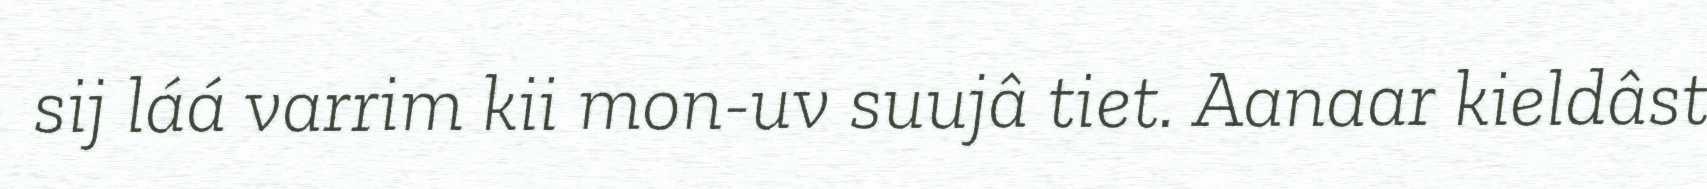
sij láá varrim kii mon-uv suujâ tiet. Aanaar kieldâst